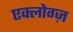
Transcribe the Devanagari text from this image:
एक्लोग्ज़